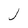
Character: J